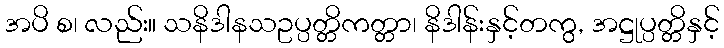
အပိ စ၊ လည်း။ သနိဒါနသဥပ္ပတ္တိကတ္တာ၊ နိဒါန်းနှင့်တကွ, အဋ္ဌုပ္ပတ္တိနှင့်